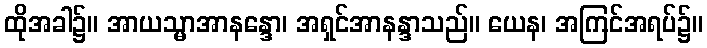
ထိုအခါ၌။ အာယသ္မာအာနန္ဒော၊ အရှင်အာနန္ဒာသည်။ ယေန၊ အကြင်အရပ်၌။